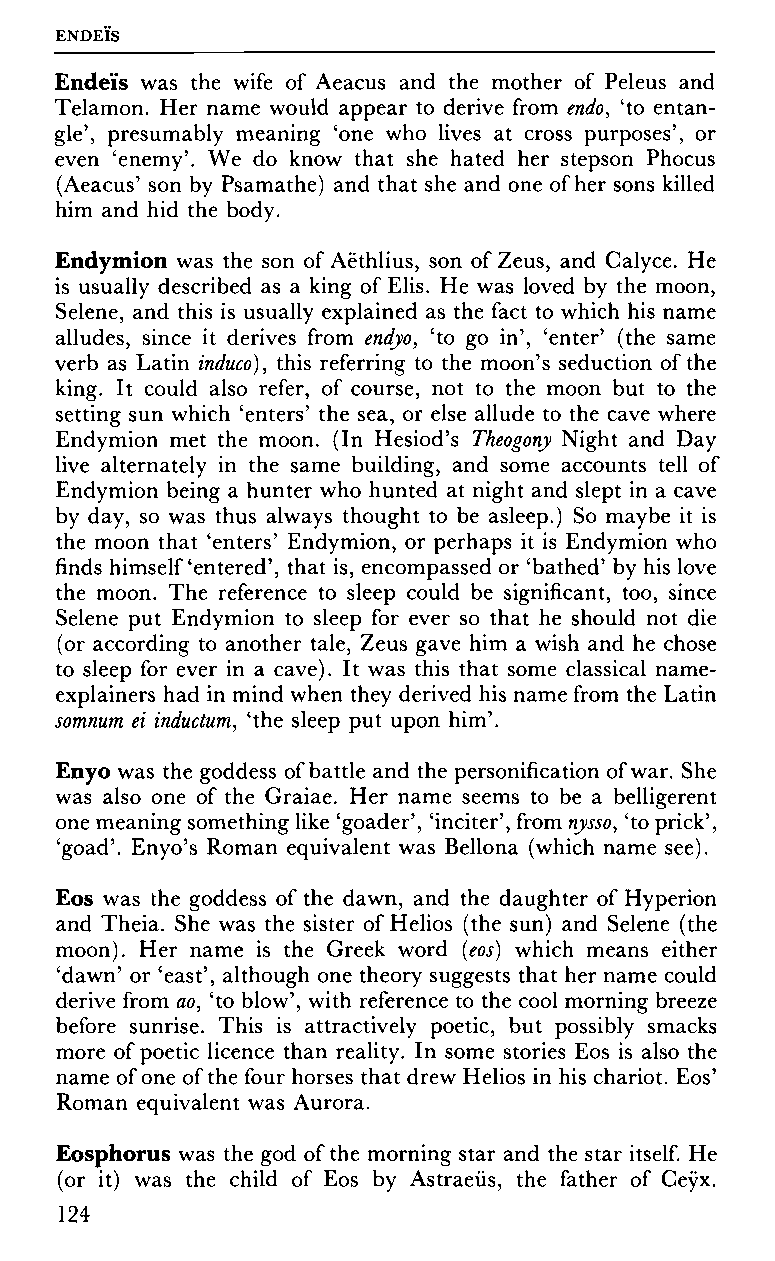
ENDEIS
 Endeïs was the wife of Aeacus and the mother of Peleus and
 Telamon. Her name would appear to derive from endo, 'to entan
 gle', presumably meaning 'one who lives at cross purposes', or
 even 'enemy'. We do know that she hated her stepson Phocus
 (Aeacus' son by Psamathe) and that she and one of her sons killed
 him and hid the body.
 Endymion was the son of Aëthlius, son of Zeus, and Calyce. He
 is usually described as a king of Elis. He was loved by the moon,
 Selene, and this is usually explained as the fact to which his name
 alludes, since it derives from endyo, 'to go in', 'enter' (the same
 verb as Latin induco), this referring to the moon's seduction of the
 king. It could also refer, of course, not to the moon but to the
 setting sun which 'enters' the sea, or else allude to the cave where
 Endymion met the moon. (In Hesiod's Theogony Night and Day
 live alternately in the same building, and some accounts tell of
 Endymion being a hunter who hunted at night and slept in a cave
 by day, so was thus always thought to be asleep.) So maybe it is
 the moon that 'enters' Endymion, or perhaps it is Endymion who
 finds himself'entered', that is, encompassed or 'bathed' by his love
 the moon. The reference to sleep could be significant, too, since
 Selene put Endymion to sleep for ever so that he should not die
 (or according to another tale, Zeus gave him a wish and he chose
 to sleep for ever in a cave). It was this that some classical name-
 explainers had in mind when they derived his name from the Latin
 somnum ei inductum, 'the sleep put upon him'.
 Enyo was the goddess of battle and the personification of war. She
 was also one of the Graiae. Her name seems to be a belligerent
 one meaning something like 'goader', 'inciter', from nysso, 'to prick',
 'goad'. Enyo's Roman equivalent was Bellona (which name see).
 Eos was the goddess of the dawn, and the daughter of Hyperion
 and Theia. She was the sister of Helios (the sun) and Selene (the
 moon). Her name is the Greek word (eos) which means either
 'dawn' or 'east', although one theory suggests that her name could
 derive from ao, 'to blow', with reference to the cool morning breeze
 before sunrise. This is attractively poetic, but possibly smacks
 more of poetic licence than reality. In some stories Eos is also the
 name of one of the four horses that drew Helios in his chariot. Eos'
 Roman equivalent was Aurora.
 Eosphorus was the god of the morning star and the star itself. He
 (or it) was the child of Eos by Astraeüs, the father of Ceyx.
 124